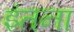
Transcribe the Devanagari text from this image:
इंतना